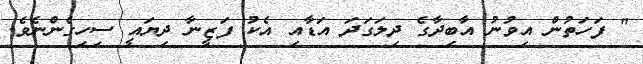
" ފަހަތުން އިވުނު އާބިދާގެ ދިލަގަދަ އަޑާއި އެކު ފަޒީނާ ދިޔައީ ސިހިގެންނެވެ.